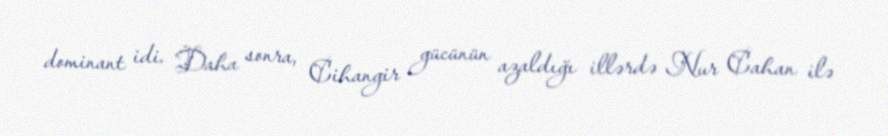
dominant idi. Daha sonra, Cihangir gücünün azaldığı illərdə Nur Cahan ilə